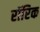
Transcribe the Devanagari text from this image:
रॉरिक